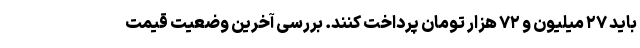
باید ۲۷ میلیون و ۷۲ هزار تومان پرداخت کنند. بررسی آخرین وضعیت قیمت